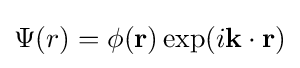
\Psi (r)=\phi (\mathbf {r} )\exp(i\mathbf {k\cdot r} )